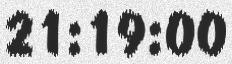
21:19:00